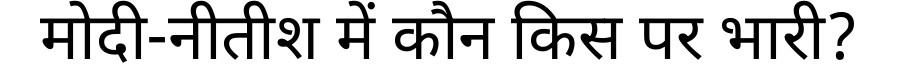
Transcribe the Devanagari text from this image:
मोदी-नीतीश में कौन किस पर भारी?